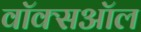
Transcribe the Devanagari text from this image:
वॉक्सऑल